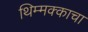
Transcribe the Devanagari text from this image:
थिम्मक्काचा